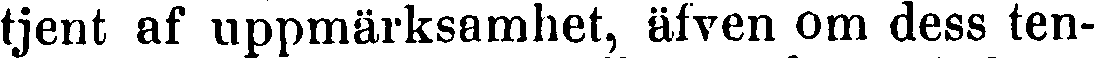
tjent af uppmärksamhet, äfven om dess ten-